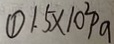
\textcircled { 1 } 1 . 5 \times 1 0 ^ { 2 } P a